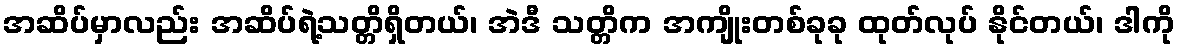
အဆိပ်မှာလည်း အဆိပ်ရဲ့သတ္တိရှိတယ်၊ အဲဒီ သတ္တိက အကျိုးတစ်ခုခု ထုတ်လုပ် နိုင်တယ်၊ ဒါကို